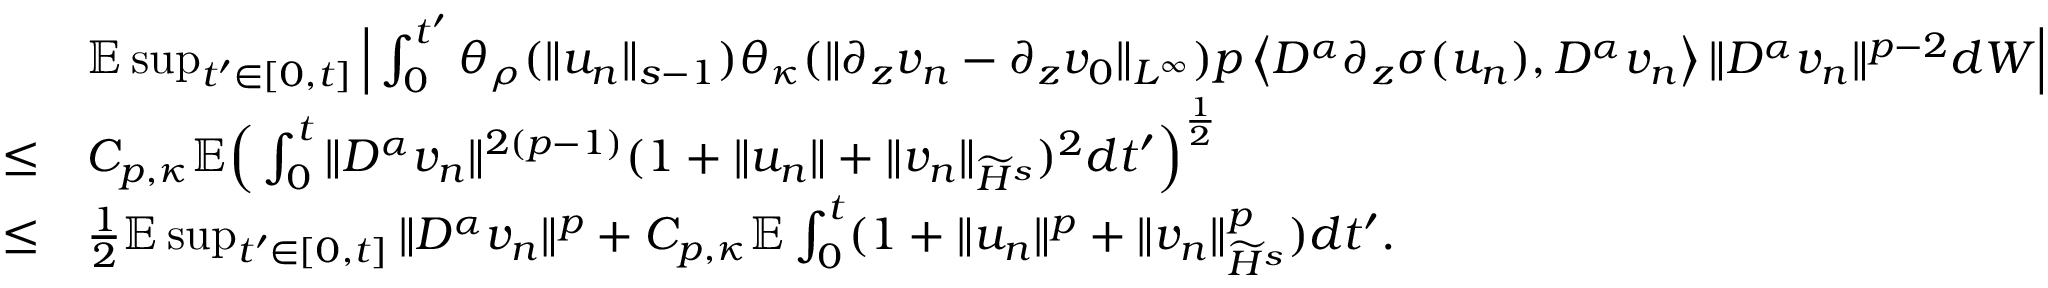
\begin{array} { r l } & { \mathbb E \operatorname* { s u p } _ { t ^ { \prime } \in [ 0 , t ] } \Big | \int _ { 0 } ^ { t ^ { \prime } } \theta _ { \rho } ( \| u _ { n } \| _ { s - 1 } ) \theta _ { \kappa } ( \| \partial _ { z } v _ { n } - \partial _ { z } v _ { 0 } \| _ { L ^ { \infty } } ) p \left\langle D ^ { \alpha } \partial _ { z } \sigma ( u _ { n } ) , D ^ { \alpha } v _ { n } \right\rangle \| D ^ { \alpha } v _ { n } \| ^ { p - 2 } d W \Big | } \\ { \leq } & { C _ { p , \kappa } \mathbb E \Big ( \int _ { 0 } ^ { t } \| D ^ { \alpha } v _ { n } \| ^ { 2 ( p - 1 ) } ( 1 + \| u _ { n } \| + \| v _ { n } \| _ { \widetilde H ^ { s } } ) ^ { 2 } d t ^ { \prime } \Big ) ^ { \frac 1 2 } } \\ { \leq } & { \frac 1 2 \mathbb E \operatorname* { s u p } _ { t ^ { \prime } \in [ 0 , t ] } \| D ^ { \alpha } v _ { n } \| ^ { p } + C _ { p , \kappa } \mathbb E \int _ { 0 } ^ { t } ( 1 + \| u _ { n } \| ^ { p } + \| v _ { n } \| _ { \widetilde H ^ { s } } ^ { p } ) d t ^ { \prime } . } \end{array}